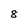
Character: 8